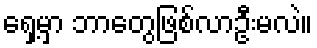
ရှေ့မှာ ဘာတွေဖြစ်လာဦးမလဲ။